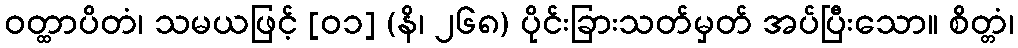
ဝတ္ထာပိတံ၊ သမယဖြင့် [၀၁] (နိ၊ ၂၆၈) ပိုင်းခြားသတ်မှတ် အပ်ပြီးသော။ စိတ္တံ၊